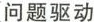
问题驱动